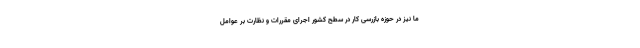
ما نیز در حوزه بازرسی کار در سطح کشور اجرای مقررات و نظارت بر عوامل